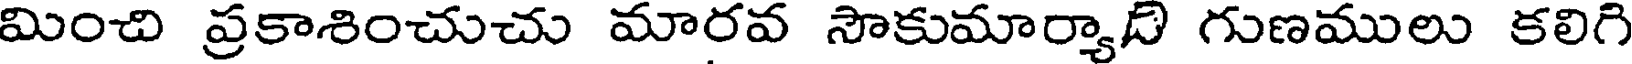
మించి ప్రకాశించుచు మారవ సౌకుమార్యాది గుణములు కలిగి